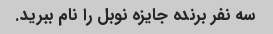
سه نفر برنده جایزه نوبل را نام ببرید.